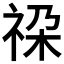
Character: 𮁳